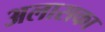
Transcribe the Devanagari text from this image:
अलासका